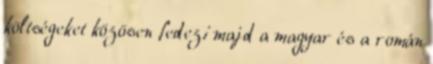
költségeket közösen fedezi majd a magyar és a román